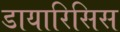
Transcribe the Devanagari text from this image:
डायारिसिस